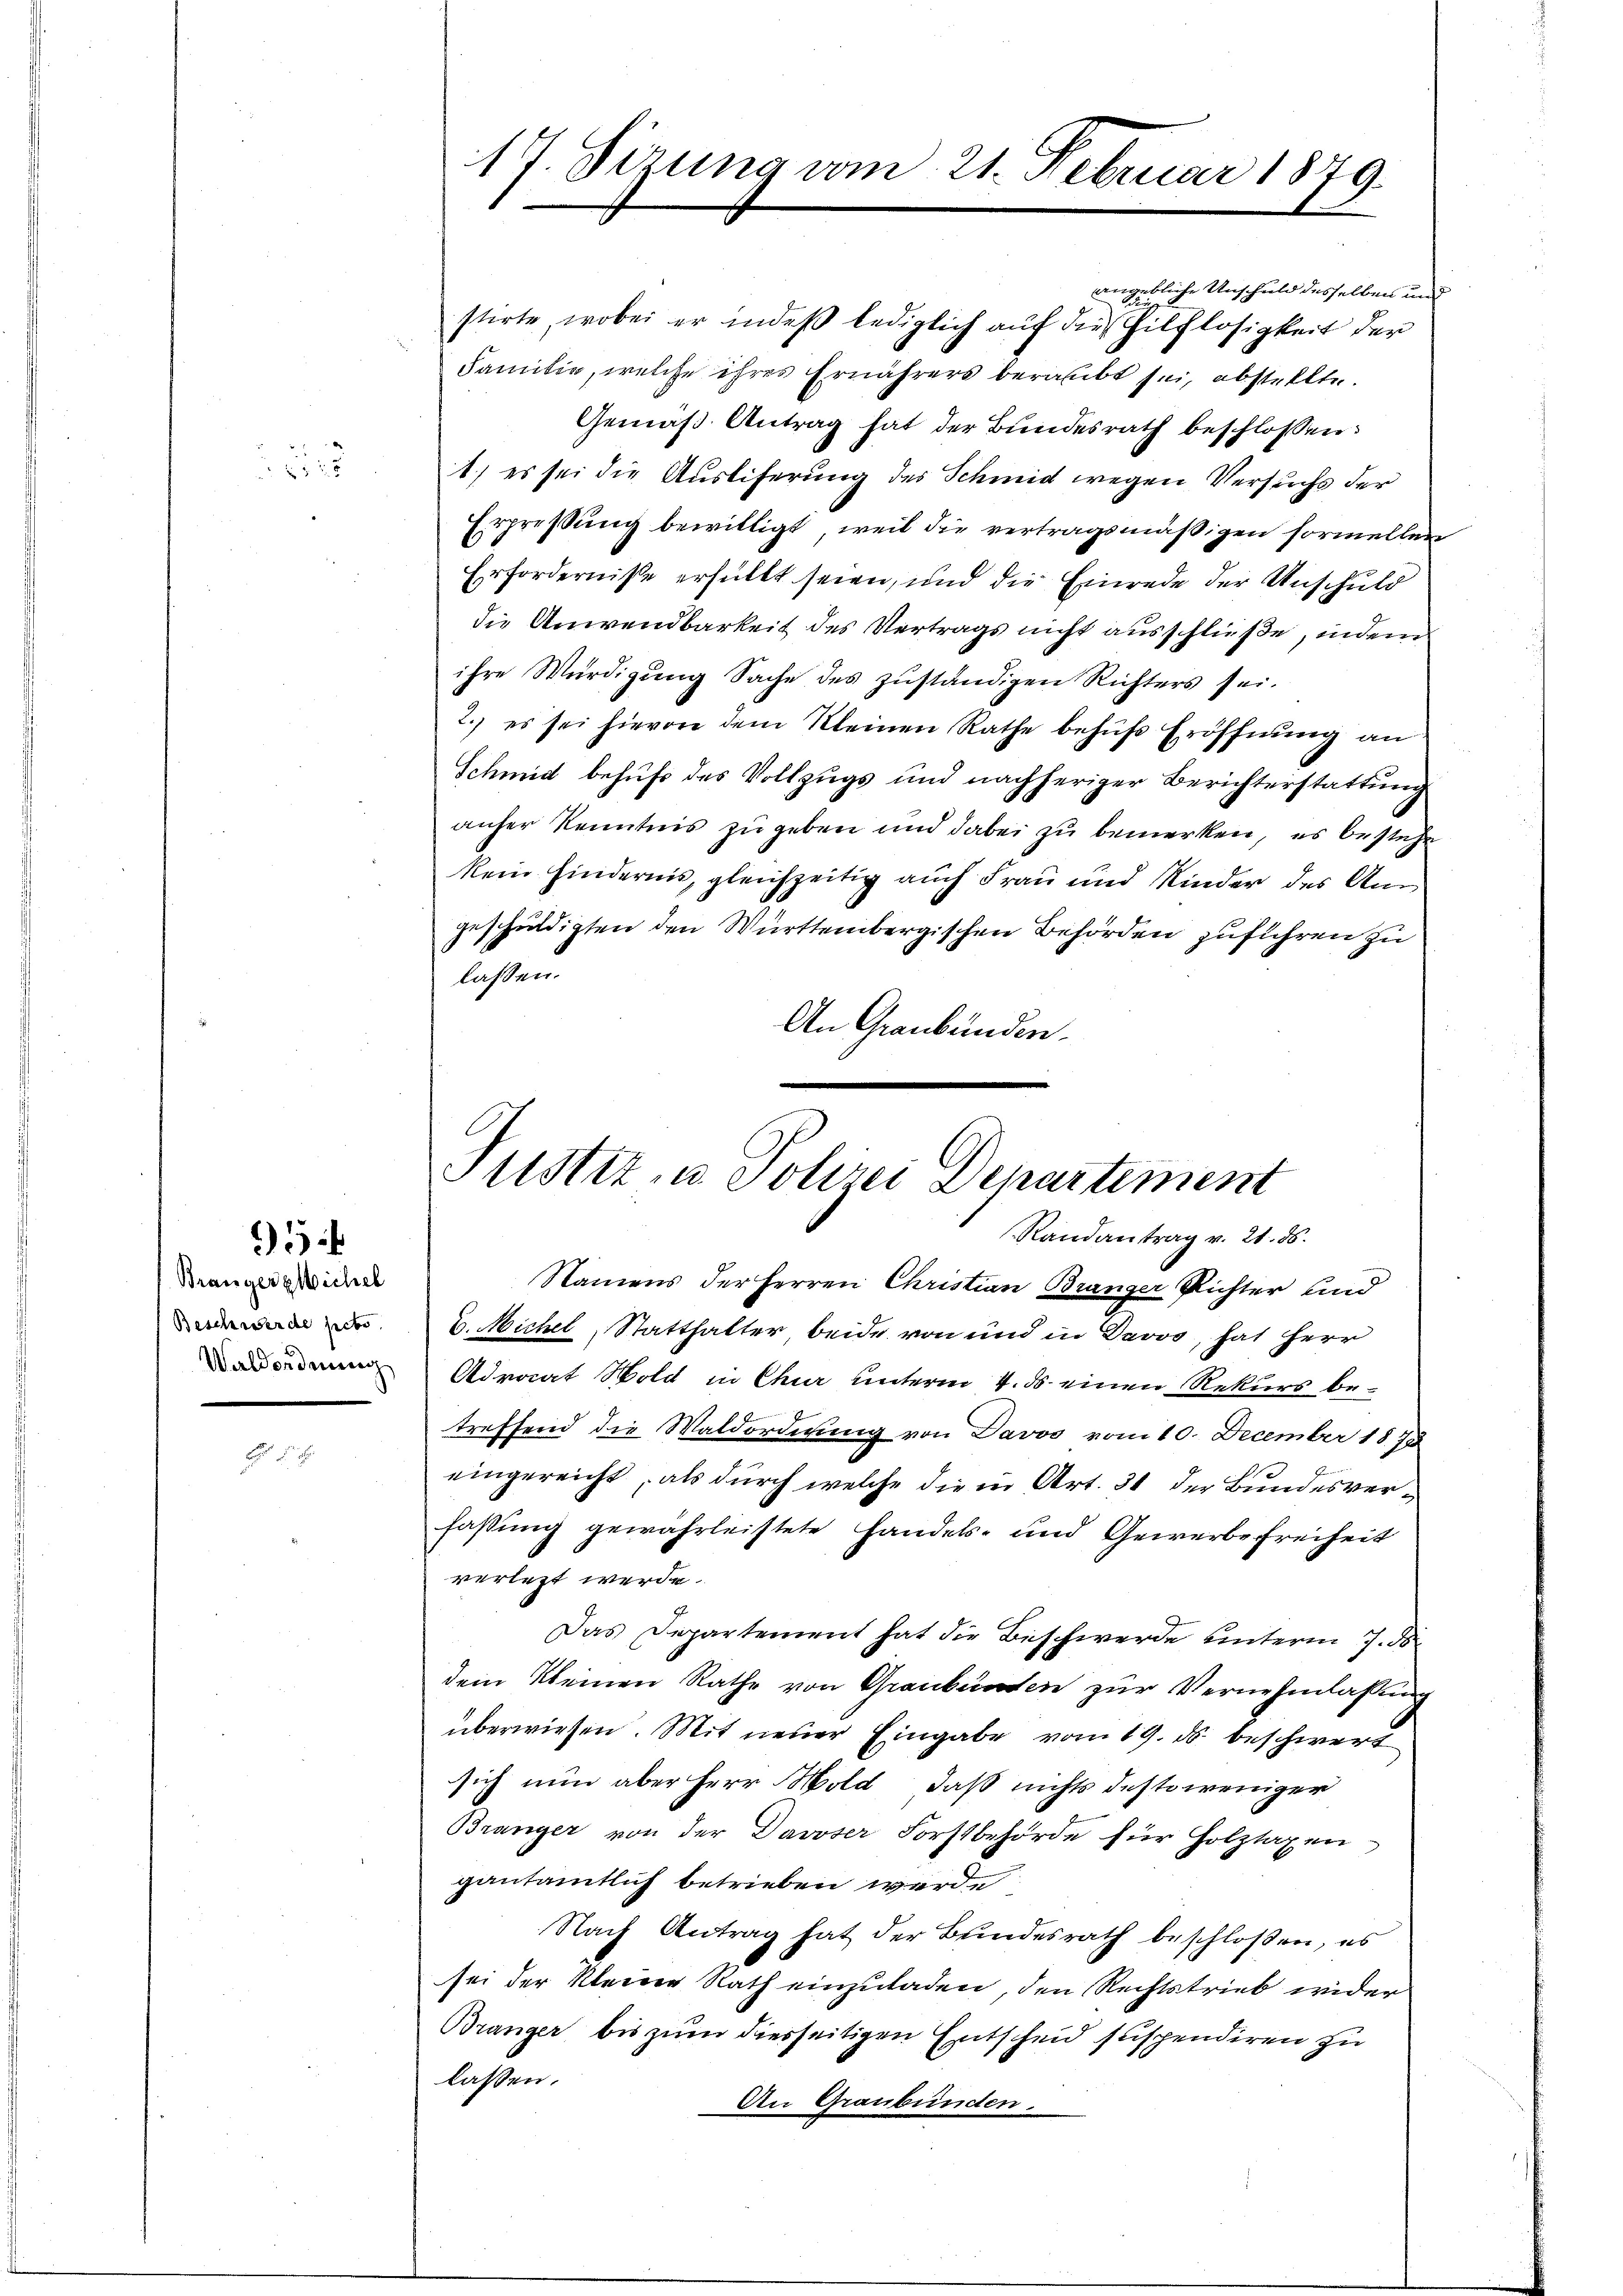
3

Branger Wichel
Beschwerde gebo

5

17. Sizung vom 21. Februar 1879.

angebliche Unschuld desselben und
stirte, wobei er indeß lediglich auf die Hilflosigkeit der
Familie, welche ihres Ernährers beraubt sei, abstellte.
Gemäß Antrag hat der Bundesrath beschlossen:
1) es sei die Ausliferung des Schmid wegen Versuchs der
rpreßung bewilligt, weil die vertragsmäßigen formellen
Erfordernisse erfüllt seien, und die Einrede der Unschuld
die Anwendbarkeit des Vertrags nicht ausschließe, indem
ihre Würdigŭng Sache des zŭständigen Richters sei.
2.) es sei hievon dem Kleinen Rathe behŭfs Eröffnŭng an
Schmid behufs des Vollzugs und nachheriger Berichterstattung
anher Kenntnis zu geben und dabei zu bemerken, es bestehe
kein Hindernis, gleichzeitig auch Frau und Kinder des Angeschuldigten den Württembergischen Behörden zuführen zu
laßen.
An Graubünden.

Justiz u. Polizei Departement
Randantrag v. 21. ds.

Namens der Herren Christian Bränger Richter und
C. Michel, Statthalter beide von und in Davos, hat Herr
 Advocat Hold in Chur unterm 4. ds. einen Rekurs be-
treffend die Waldording von Davos vom 10. December 1873
eingereicht, als durch welche die in Art. 31 der Bundesverfassung gewährleistete Handels- und Gewerbe Freiheit
verletzt werde.
Das Departement hat die Beschwerde unterm 7. d.
dem Kleinen Rathe von Graubünden zur Vernehmlassung
überwiesen. Mit neuer Eingabe vom 19. ds. beschwert
sich nun aber Herr Mold, daß nichts desto weniger
Branger von der Davoser Forstbehörde für Holztaxen
gautamtlich betrieben werde
Nach Antrag hat der Bundesrath beschloßen, es
sei der Kleine Rath einzuladen, den Rechtstrieb wider
Bränger bis zum diesseitigen Entscheid suspendiren zu
lassen.
An Graubünden.